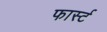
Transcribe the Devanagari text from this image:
फार्स्ट